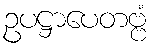
ဥပဋ္ဌာပေတဗ္ဗံ